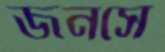
জনসে